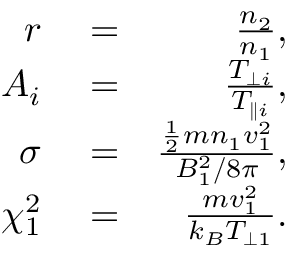
\begin{array} { r l r } { r } & { { } = } & { \frac { n _ { 2 } } { n _ { 1 } } , } \\ { A _ { i } } & { { } = } & { \frac { T _ { \perp i } } { T _ { \parallel i } } , } \\ { \sigma } & { { } = } & { \frac { \frac { 1 } { 2 } m n _ { 1 } v _ { 1 } ^ { 2 } } { B _ { 1 } ^ { 2 } / 8 \pi } , } \\ { \chi _ { 1 } ^ { 2 } } & { { } = } & { \frac { m v _ { 1 } ^ { 2 } } { k _ { B } T _ { \perp 1 } } . } \end{array}